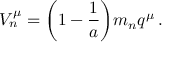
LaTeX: { \cal V } _ { n } ^ { \mu } = \bigg ( 1 - \frac { 1 } { a } \bigg ) m _ { n } q ^ { \mu } \, .